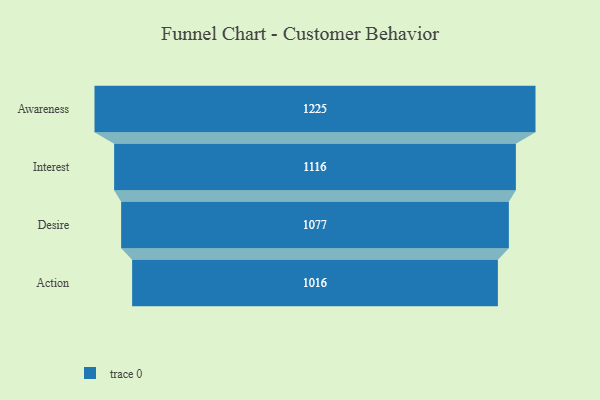
{"axis": {"x": "Stage", "y": "Value"}, "legend": [""], "data": [{"x": "Awareness", "y": 1225.0, "type": ""}, {"x": "Interest", "y": 1116.0, "type": ""}, {"x": "Desire", "y": 1077.0, "type": ""}, {"x": "Action", "y": 1016.0, "type": ""}]}